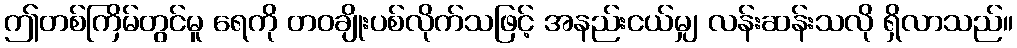
ဤတစ်ကြိမ်တွင်မူ ရေကို တဝချိုးပစ်လိုက်သဖြင့် အနည်းငယ်မျှ လန်းဆန်းသလို ရှိလာသည်။